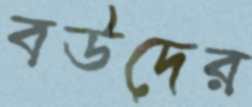
বউদের